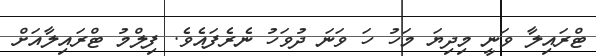
ޓްރައިލާ ވަނީ މިދިޔަ މަހު ހަ ވަނަ ދުވަހު ނެރެފައެވެ. ފިލްމު ޓްރައިލާއަށް